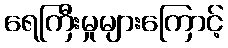
ရေကြီးမှုများကြောင့်